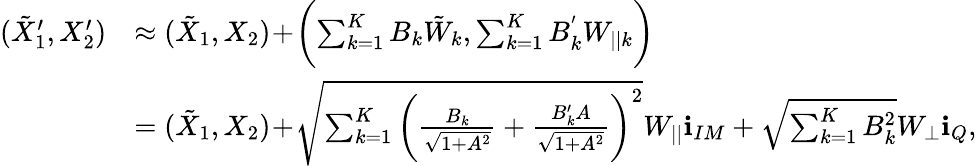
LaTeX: \begin{array}{rl}{({{{\tilde{X}}}_{1}^{\prime}},{{X}_{2}^{\prime}})}&{\approx({{{\tilde{X}}}_{1}},{{X}_{2}})\! +\! \biggl(\sum_{k=1}^{K}B_{k}{\tilde{W}_{k}},\sum_{k=1}^{K}B_{k}^{'}{{W}_{||k}}\biggr)}\\ &{=({{{\tilde{X}}}_{1}},{{X}_{2}})\! +\! \sqrt{\sum_{k=1}^{K}\bigg(\frac{B_{k}}{\sqrt{1+A^{2}}}+\frac{B_{k}^{\prime}A}{\sqrt{1+A^{2}}}\bigg)^{2}}{{W_{||}}}\textbf{i}_{IM}+\sqrt{\sum_{k=1}^{K}B_{k}^{2}}{W_{\perp}}\textbf{i}_{Q},}\end{array}